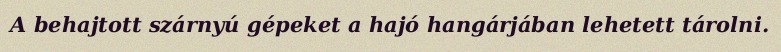
A behajtott szárnyú gépeket a hajó hangárjában lehetett tárolni.